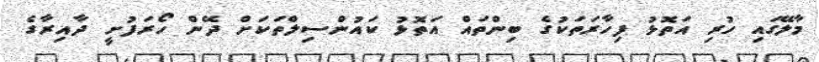
މާލޭގައި ހުރި އަތޮޅު ފިހާރަތަކުގެ ބިންތައް އަތޮޅު ކައުންސިލްތަކަށް ދޭން ހޯރަފުށީ ދާއިރާގެ